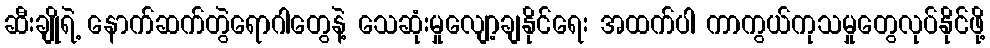
ဆီးချိုရဲ့ နောက်ဆက်တွဲရောဂါတွေနဲ့ သေဆုံးမှုလျော့ချနိုင်ရေး အထက်ပါ ကာကွယ်ကုသမှုတွေလုပ်နိုင်ဖို့